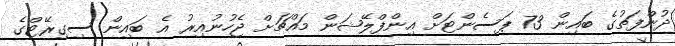
ދުންފަތުގެ ބައިން 73 ޕަސެންޓަށް އިންފްލޭޝަން މައްޗަށް ޖެހުނުއިރު އެ ބައިން ސިގިރޭޓްގެ